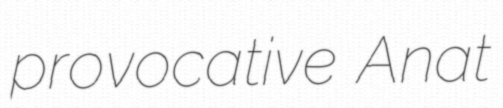
provocative Anat